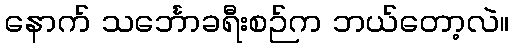
နောက် သင်္ဘောခရီးစဉ်က ဘယ်တော့လဲ။